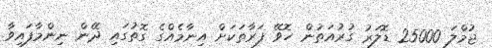
ޖުމްލަ 25000 ޑޮލަރު ގުރުއަތުން ހޮވޭ ފަރާތަކަށް އިނާމެއްގެ ގޮތުގައި ދޭން ނިންމާފައިވާ